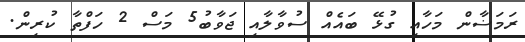
ރަމަޟާން މަހާއި ގުޅޭ ބައެއް ސުވާލާއި ޖަވާބު5 މަސް 2 ހަފްތާ ކުރިން.